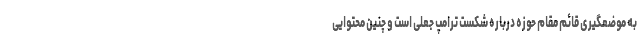
به موضعگیری قائم مقام حوزه درباره شکست ترامپ جعلی است و چنین محتوایی